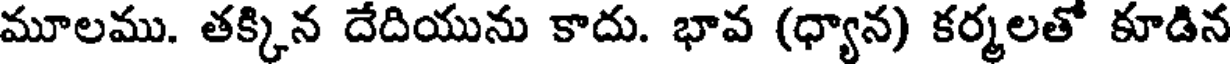
మూలము. తక్కిన దేదియును కాదు. భావ (ధ్యాన) కర్మలతో కూడిన